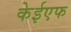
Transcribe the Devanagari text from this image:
केईएफ